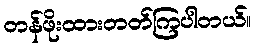
တန်ဖိုးထားတတ်ကြပါတယ်။